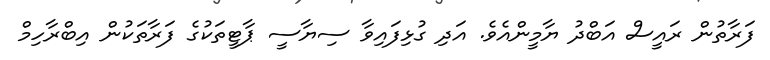
ފަރާތުން ރައީސް އަބްދު ޔާމީންއެވެ. އަދި ގުޅިފައިވާ ސިޔާސީ ޕާޓީތަކުގެ ފަރާތަކުން އިބްރާހިމް